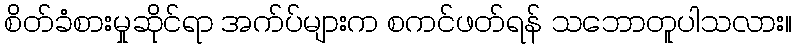
စိတ်ခံစားမှုဆိုင်ရာ အက်ပ်များက စကင်ဖတ်ရန် သဘောတူပါသလား။